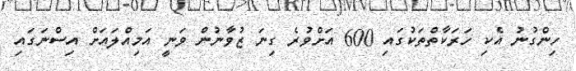
ހިންގުނު އެކި ހަރަކާތްތަކުގައި 600 އަށްވުރެ ގިނަ ޒުވާނުން ވަނީ އަމިއްލައަށް އިސްނަގައި